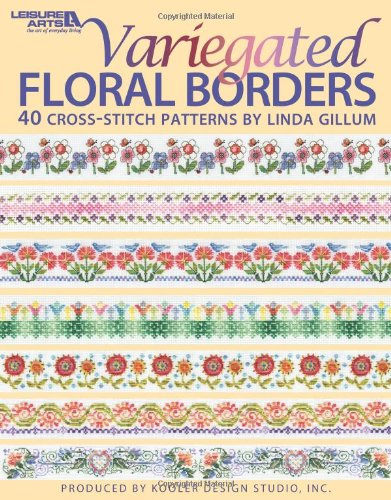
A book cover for Variegated Floral Borders  (Leisure Arts #4617); Kooler Design Studio; Crafts, Hobbies & Home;